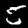
Label: 5